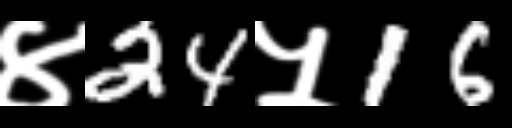
Text: ४24५16